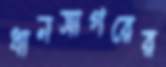
ধানসাগরের